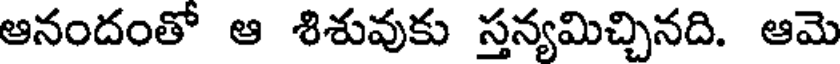
ఆనందంతో ఆ శిశువుకు స్తన్యమిచ్చినది. ఆమె